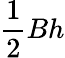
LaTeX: {\frac{1}{2}}Bh